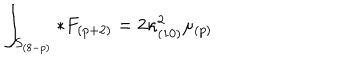
LaTeX: \int _ { S _ { ( 8 - p ) } } * F _ { ( p + 2 ) } = 2 \kappa _ { ( 1 0 ) } ^ { 2 } \mu _ { ( p ) }